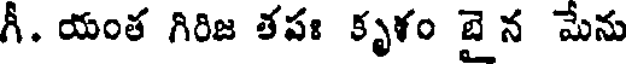
గీ. యంత గిరిజ తపః కృళం బై న మేను